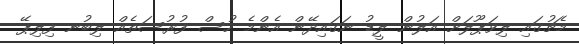
މެޗުގައި ލިވަޕޫލަށް އަލުން ލީޑު ނަގައިދޭން އެންމެ ހުސް ފުރުސަތެއް ލިބުނ ފިލިޕޭ